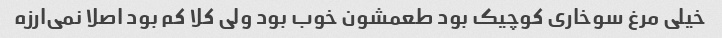
خیلی مرغ سوخاری کوچیک بود طعمشون خوب بود ولی کلا کم بود اصلا نمی‌ارزه